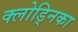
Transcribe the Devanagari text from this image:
क्लोड्निका